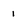
Character: 1